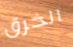
الخرق